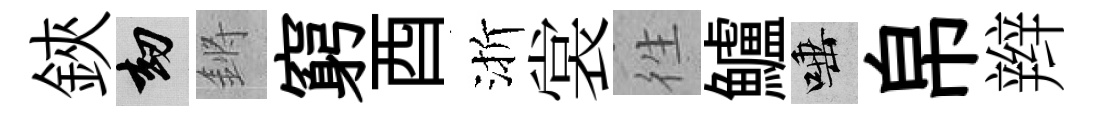
鋏劫鏘窮酉渐裳徃鱸唾帛辫